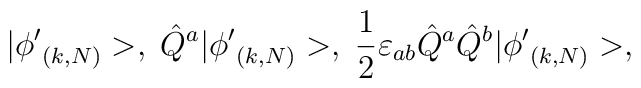
|{\phi'}_{(k,N)}>,\;\hat{Q}^a|{\phi'}_{(k,N)}>,\; \frac{1}{2}\varepsilon_{ab}\hat{Q}^a\hat{Q}^b|{\phi'}_{(k,N)}>,